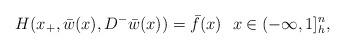
LaTeX: \begin{align*}H(x_+,\bar{w}(x),D^-\bar{w}(x)) = \bar{f}(x) \ \ x \in (-\infty,1]^n_h,\end{align*}